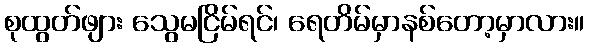
စုထွတ်ဖျား သွေမငြိမ်ရင်၊ ရေတိမ်မှာနစ်တော့မှာလား။